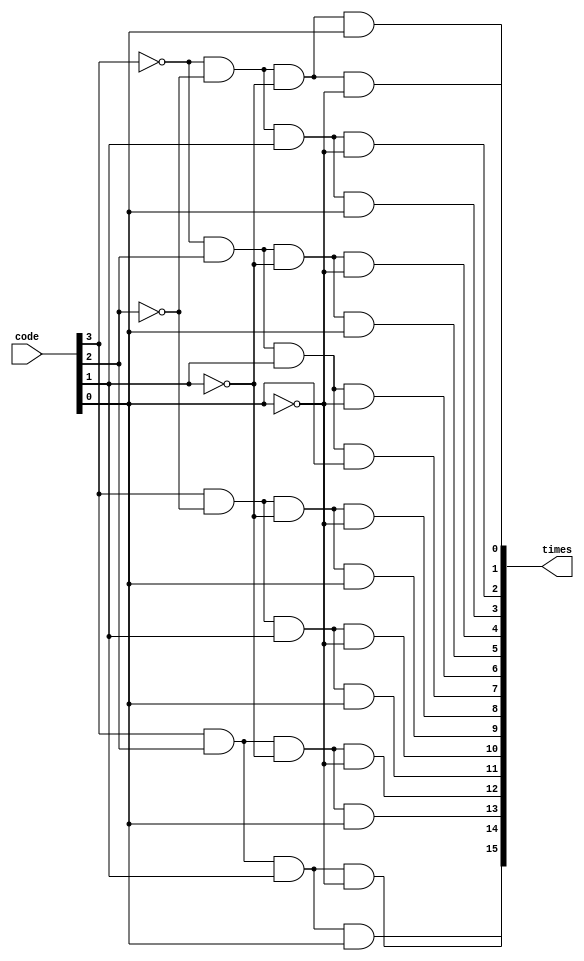
`timescale 1ns / 1ps
//////////////////////////////////////////////////////////////////////////////////
// Company: Ceng232 Summer Project
// 
// Design Name: 
// Module Name:    fourbitdecoder 
// Revision 0.01 - File Created
// Additional Comments: 
//
//////////////////////////////////////////////////////////////////////////////////
module fourbitdecoder(
    input [3:0] code,
    output [15:0] times
    );

assign times[15] =(code[3] & code[2] & code[1] & code[0]);
assign times[14] =(code[3] & code[2] & code[1] & ~code[0]);
assign times[13] =(code[3] & code[2] & ~code[1] & code[0]);
assign times[12] =(code[3] & code[2] & ~code[1] & ~code[0]);
assign times[11] =(code[3] & ~code[2] & code[1] & code[0]);
assign times[10] =(code[3] & ~code[2] & code[1] & ~code[0]);
assign times[9] =(code[3] & ~code[2] & ~code[1] & code[0]);
assign times[8] =(code[3] & ~code[2] & ~code[1] & ~code[0]);
assign times[7] =(~code[3] & code[2] & code[1] & code[0]);
assign times[6] =(~code[3] & code[2] & code[1] & ~code[0]);
assign times[5] =(~code[3] & code[2] & ~code[1] & code[0]);
assign times[4] =(~code[3] & code[2] & ~code[1] & ~code[0]);
assign times[3] =(~code[3] & ~code[2] & code[1] & code[0]);
assign times[2] =(~code[3] & ~code[2] & code[1] & ~code[0]);
assign times[1] =(~code[3] & ~code[2] & ~code[1] & code[0]);
assign times[0] =(~code[3] & ~code[2] & ~code[1] & ~code[0]);





endmodule